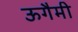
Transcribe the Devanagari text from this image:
ऊगैमी